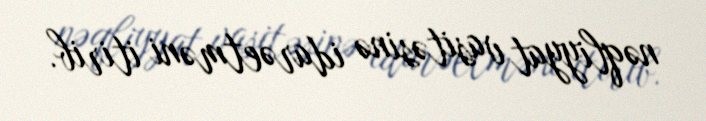
nəqliyyat vasitəsinə idarəetməni itirib.